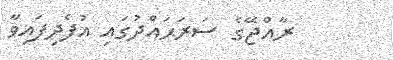
ރާއްޖޭގެ ސަރަޙައްދުގައި އުފެދިފައިވާ